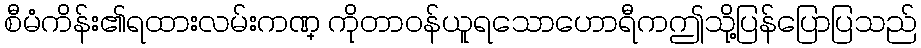
စီမံကိန်း၏ရထားလမ်းကဏ္ ကိုတာဝန်ယူရသောဟောရီကဤသို့ပြန်ပြောပြသည်